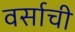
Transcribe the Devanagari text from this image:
वर्साची